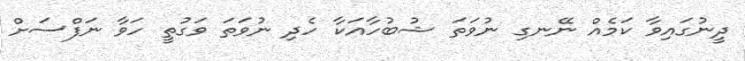
ދީނުގައިވާ ކަމެއް ނޭނގި ނުވަތަ ޝުބުހާއަކާ ހެދި ނުވަތަ ވަގުތީ ހަވާ ނަފްސަށް